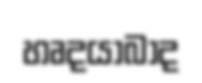
හෘදයාබාද